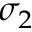
\sigma _ { 2 }